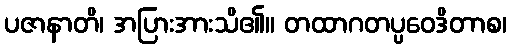
ပဇာနာတိ၊ အပြားအားသိ၏။ တထာဂတပ္ပဝေဒိတာစ၊